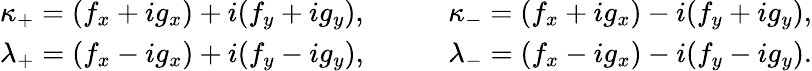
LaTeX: \begin{array}{ll}{{\kappa_{+}=(f_{x}+ig_{x})+i(f_{y}+ig_{y}),}}&{{\qquad\kappa_{-}=(f_{x}+ig_{x})-i(f_{y}+ig_{y}),}}\\ {{\lambda_{+}=(f_{x}-ig_{x})+i(f_{y}-ig_{y}),}}&{{\qquad\lambda_{-}=(f_{x}-ig_{x})-i(f_{y}-ig_{y}).}}\end{array}